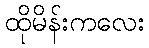
ထိုမိန်းကလေး